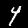
Digit: 4